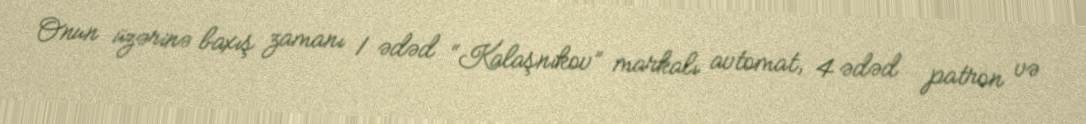
Onun üzərinə baxış zamanı 1 ədəd “Kalaşnikov” markalı avtomat, 4 ədəd patron və